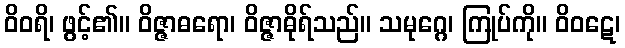
ဝိဝရိ၊ ဖွင့်၏။ ဝိဇ္ဇာဓရော၊ ဝိဇ္ဇာဓိုရ်သည်။ သမုဂ္ဂေ၊ ကြုပ်ကို။ ဝိဝဋေ၊